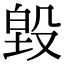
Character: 𭮵